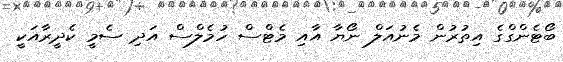
ބޯޓެންގްގެ އިތުރުން މެނުއަލް ނޯޔާ އާއި މެޓްސް ހުމެލްސް އަދި ސެމީ ކެދީރާއަކީ